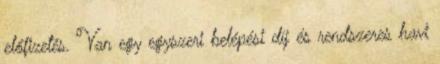
előfizetés. Van egy egyszeri belépési díj és rendszeres havi